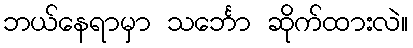
ဘယ်နေရာမှာ သင်္ဘော ဆိုက်ထားလဲ။